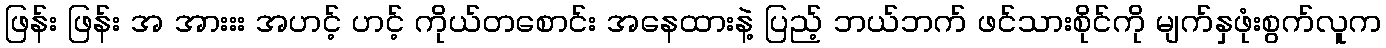
ဖြန်း ဖြန်း အ အားးး အဟင့် ဟင့် ကိုယ်တစောင်း အနေထားနဲ့ ပြည့် ဘယ်ဘက် ဖင်သားစိုင်ကို မျက်နှဖုံးစွက်လူက